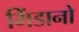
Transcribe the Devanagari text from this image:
मिंडानो